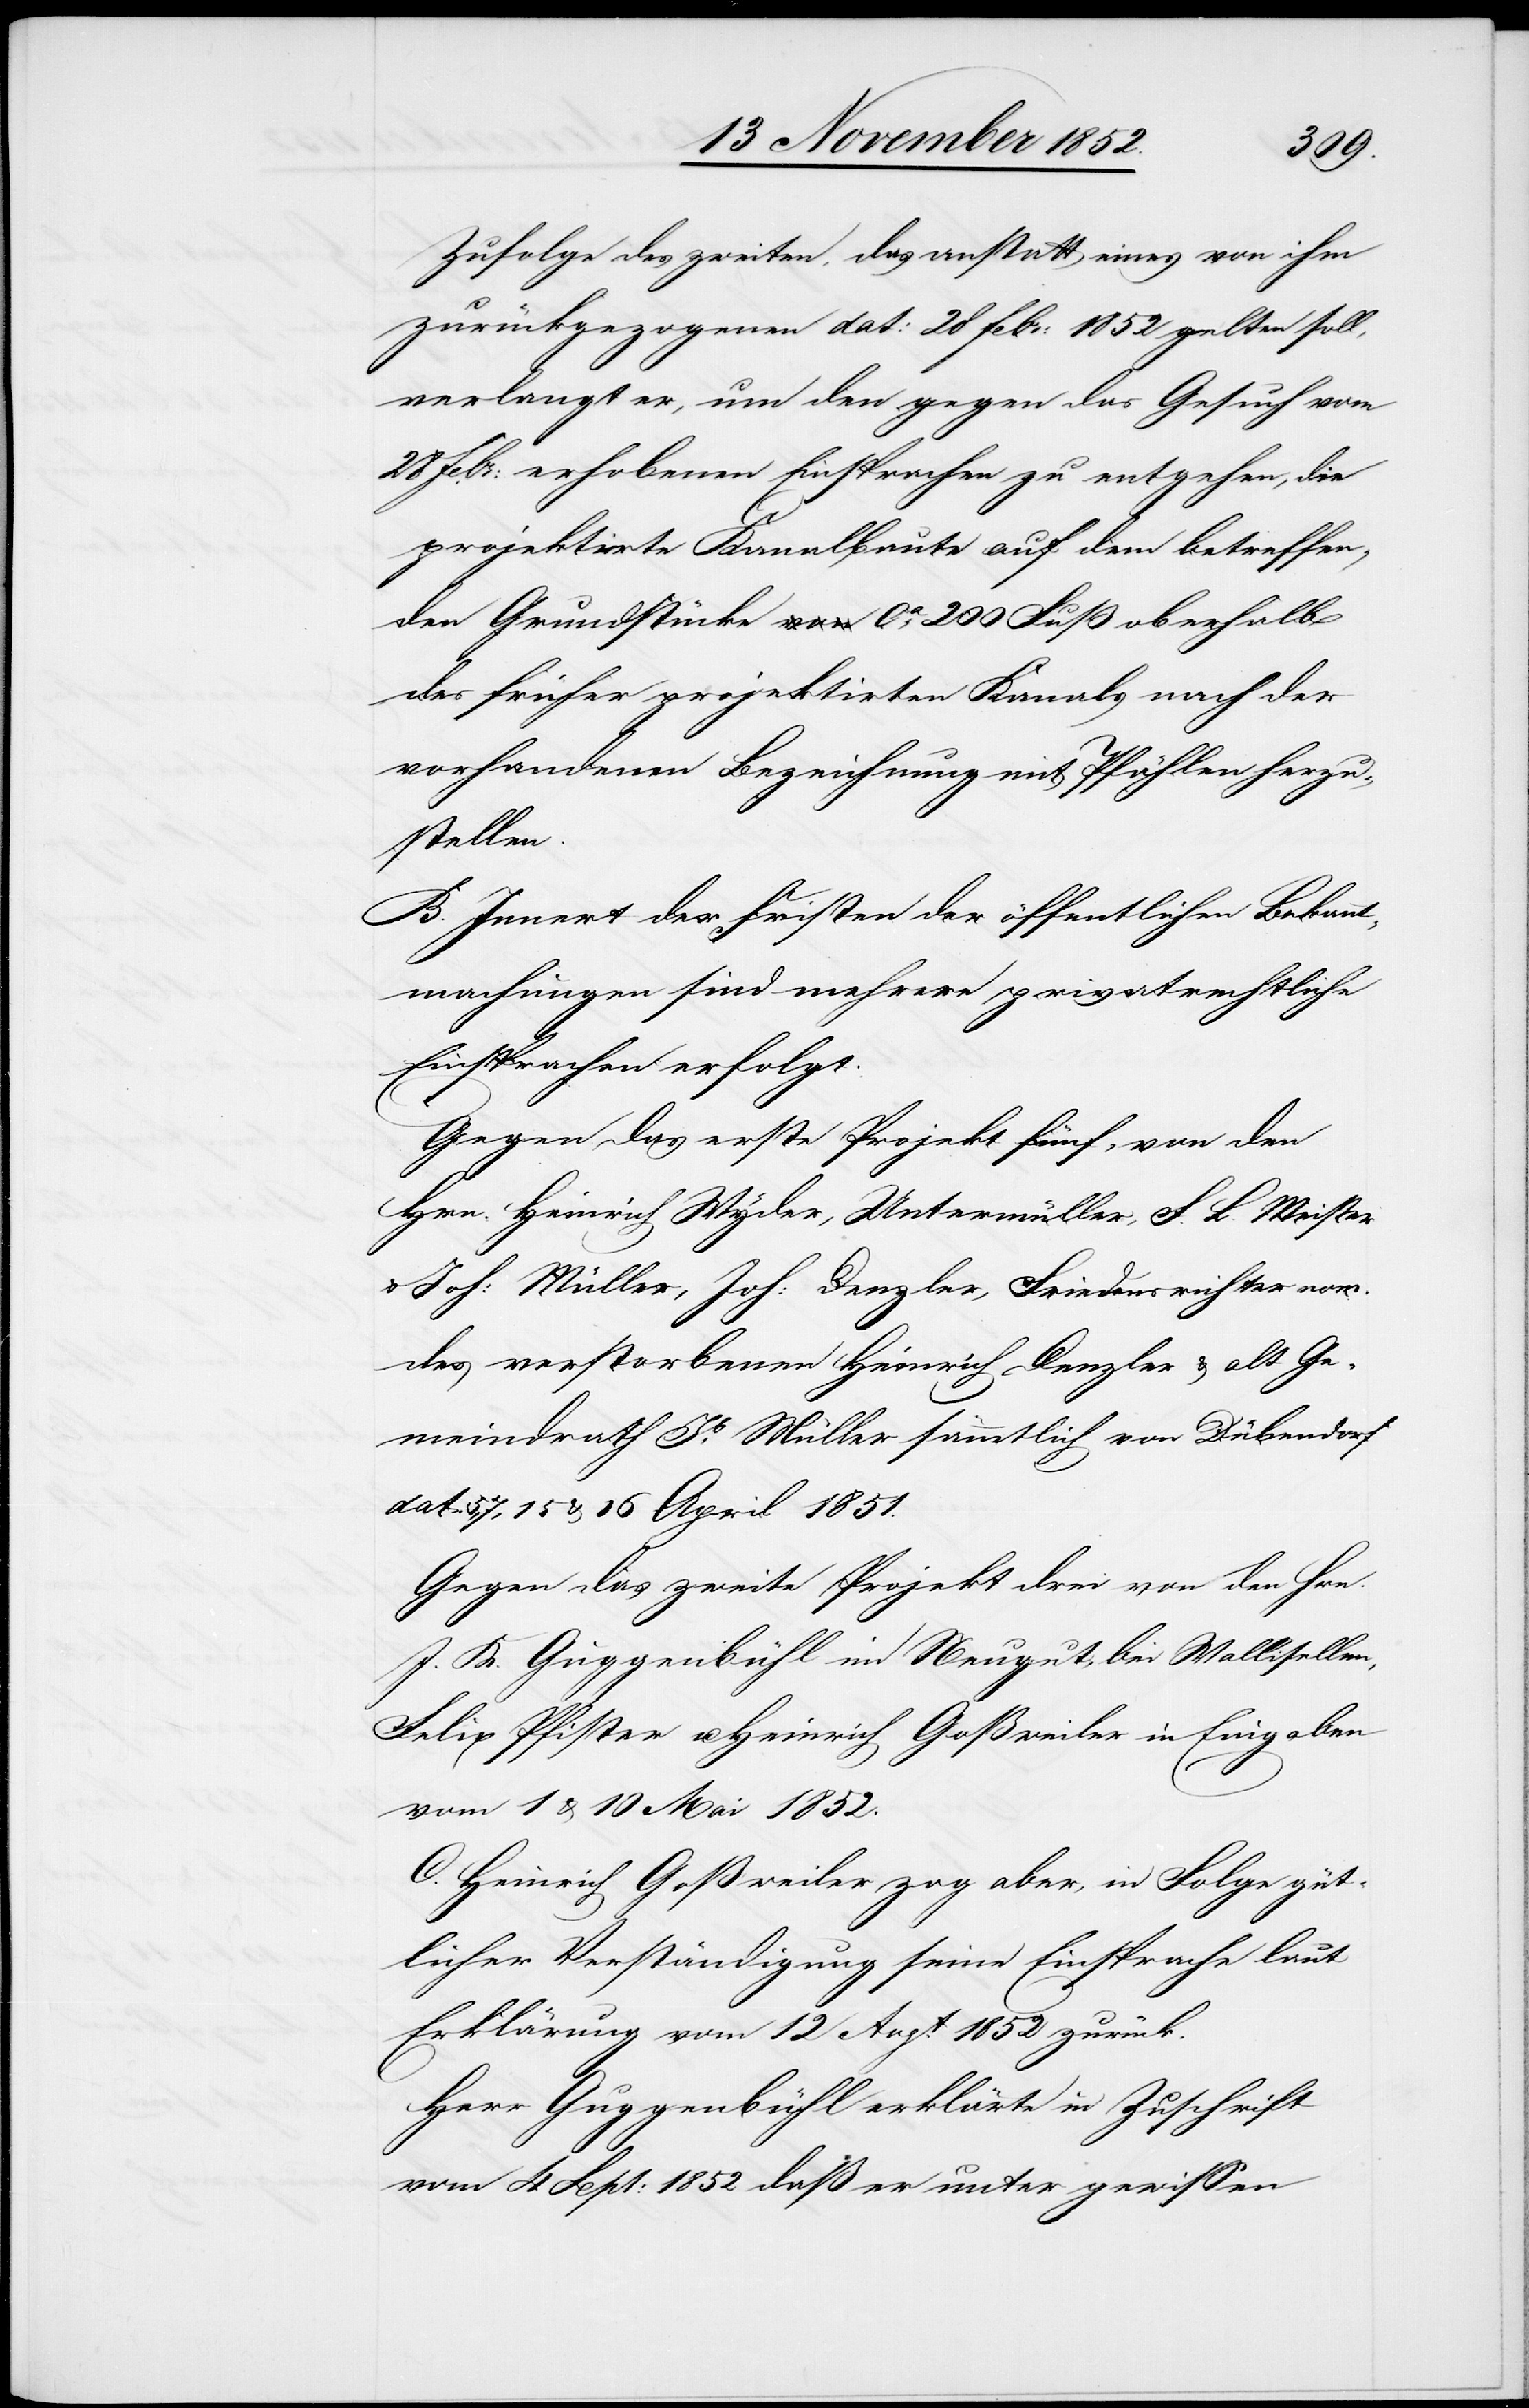
Zufolge des zweiten, das anstatt eines von ihm
zurückgezogenen dat: 28 Febr: 1852 gelten soll,
verlangt er, um den gegen das Gesuch vom
28 Febr: erhobenen Einsprachen zu entgehen, die
projektirte Kanalbaute auf dem betreffen¬
den Grundstücke a-von-a ca. 200 Fuß oberhalb
des früher projektirten Kanals nach der
vorhandenen Bezeichnung mit Pfählen herzu¬
stellen.
B. Innert der Fristen der öffentlichen Bekannt¬
machungen sind mehrere privatrechtliche
Einsprachen erfolgt:
Gegen das erste Projekt fünf, von den
Hrn. Heinrich Wyder, Untermüller, F. L. Meister
Joh: Müller, Joh: Denzler, Friedensrichter nom.
des verstorbenen Heinrich Denzler & alt Ge¬
meindrath Jb. Müller sämmtlich von Dübendorf
dat. 5, 7, 15 & 16 April 1851.
Gegen das zweite Projekt drei von den Hrn.
J. K. Guggenbühl im Neugut, bei Wallisellen,
Felix Pfister u. Heinrich Goßweiler in Eingaben
vom 1 & 10 Mai 1852.
C. Heinrich Goßweiler zog aber, in Folge güt¬
licher Verständigung seine Einsprache laut
Erklärung vom 12 Augt. 1852 zurück.
Herr Guggenbühl erklärte in Zuschrift
vom 4 Sept: 1852 daß er unter gewissen